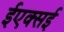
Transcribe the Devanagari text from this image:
ईएक्सई